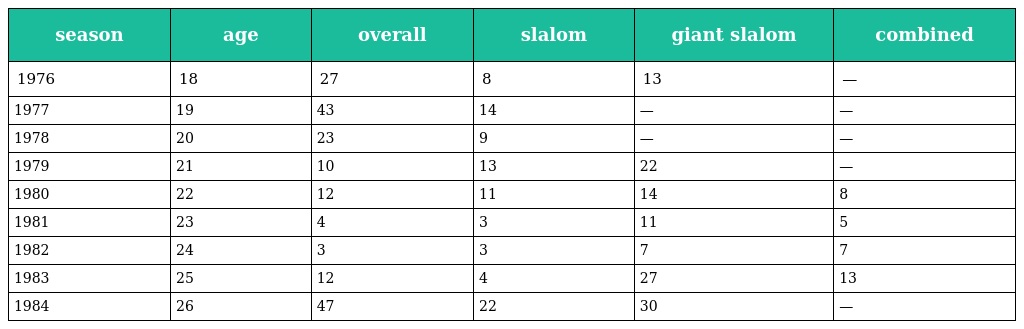
| season | age | overall | slalom | giant slalom | combined |
 | --- | --- | --- | --- | --- | --- |
 | 1976 | 18 | 27 | 8 | 13 | — |
 | 1977 | 19 | 43 | 14 | — | — |
 | 1978 | 20 | 23 | 9 | — | — |
 | 1979 | 21 | 10 | 13 | 22 | — |
 | 1980 | 22 | 12 | 11 | 14 | 8 |
 | 1981 | 23 | 4 | 3 | 11 | 5 |
 | 1982 | 24 | 3 | 3 | 7 | 7 |
 | 1983 | 25 | 12 | 4 | 27 | 13 |
 | 1984 | 26 | 47 | 22 | 30 | — |